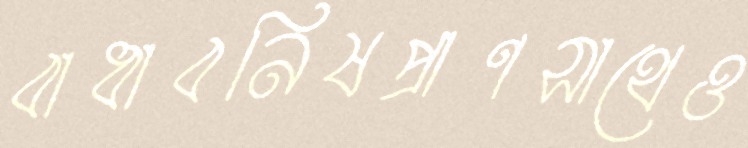
বাধাবনিষপ্রাণসাথেও